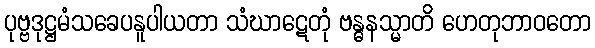
ပုဗ္ဗဒုဋ္ဌမံသခေပနူပါယတာ သံဃာဋေတုံ ဗန္ဓနသ္မာတိ ဟေတုဘာဝတော